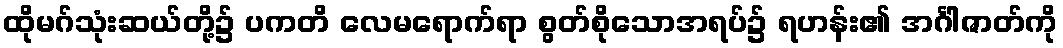
ထိုမဂ်သုံးဆယ်တို့၌ ပကတိ လေမရောက်ရာ စွတ်စိုသောအရပ်၌ ရဟန်း၏ အင်္ဂါဇာတ်ကို